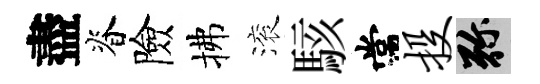
盡脊險拂滚駭常投弥